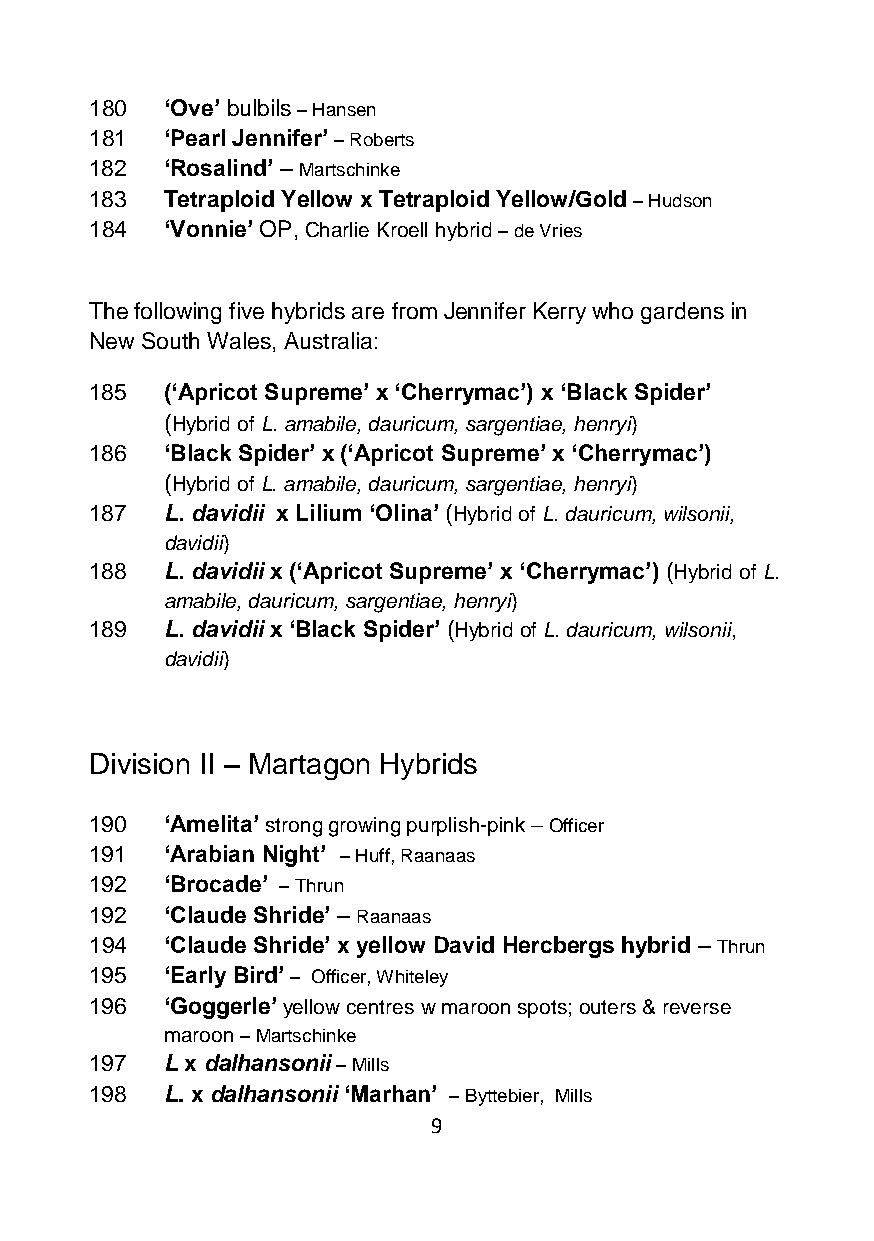
180  ‘Ove’ bulbils – Hansen
 181  ‘Pearl Jennifer’ – Roberts
 182  ‘Rosalind’ – Martschinke
 183  Tetraploid Yellow x Tetraploid Yellow/Gold – Hudson
 184  ‘Vonnie’ OP, Charlie Kroell hybrid – de Vries
 The following five hybrids are from Jennifer Kerry who gardens in
 New South Wales, Australia:
 185  (‘Apricot Supreme’ x ‘Cherrymac’) x ‘Black Spider’
 (Hybrid of L. amabile, dauricum, sargentiae, henryi)
 186  ‘Black Spider’ x (‘Apricot Supreme’ x ‘Cherrymac’)
 (Hybrid of L. amabile, dauricum, sargentiae, henryi)
 187  L. davidii x Lilium ‘Olina’ (Hybrid of L. dauricum, wilsonii,
 davidii)
 188  L. davidii x (‘Apricot Supreme’ x ‘Cherrymac’) (Hybrid of L.
 amabile, dauricum, sargentiae, henryi)
 189  L. davidii x ‘Black Spider’ (Hybrid of L. dauricum, wilsonii,
 davidii)
 Division II – Martagon Hybrids
 190  ‘Amelita’ strong growing purplish-pink – Officer
 191  ‘Arabian Night’ – Huff, Raanaas
 192  ‘Brocade’ – Thrun
 192  ‘Claude Shride’ – Raanaas
 194  ‘Claude Shride’ x yellow David Hercbergs hybrid – Thrun
 195  ‘Early Bird’ – Officer, Whiteley
 196  ‘Goggerle’ yellow centres w maroon spots; outers & reverse
 maroon – Martschinke
 197  L x dalhansonii – Mills
 198  L. x dalhansonii ‘Marhan’ – Byttebier, Mills
 9